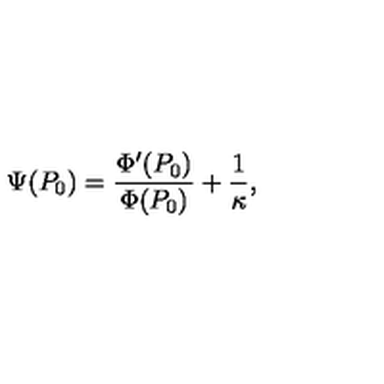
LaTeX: \Psi ( P _ { 0 } ) = \frac { \Phi ^ { \prime } ( P _ { 0 } ) } { \Phi ( P _ { 0 } ) } + \frac 1 \kappa ,